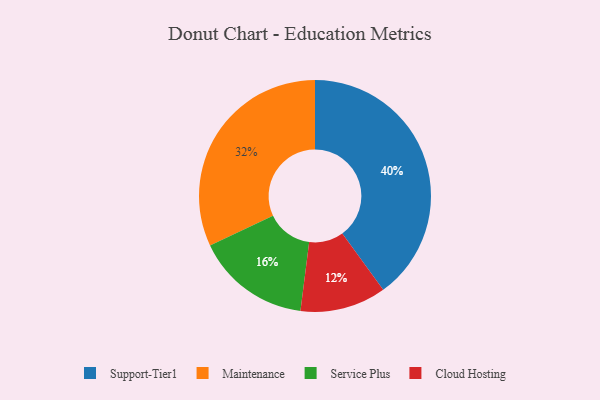
{"axis": {"x": "Category", "y": "Percentage"}, "legend": ["Cloud Hosting", "Maintenance", "Service Plus", "Support-Tier1"], "data": [{"x": "Cloud Hosting", "y": 12, "type": "Cloud Hosting"}, {"x": "Support-Tier1", "y": 40, "type": "Support-Tier1"}, {"x": "Maintenance", "y": 32, "type": "Maintenance"}, {"x": "Service Plus", "y": 16, "type": "Service Plus"}]}